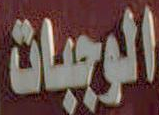
الوجبات